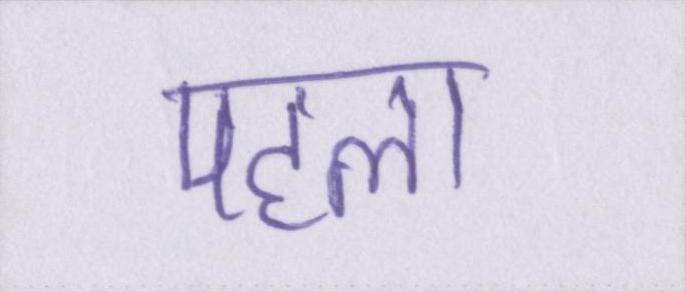
पहला